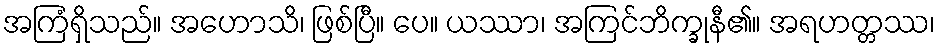
အကြံရှိသည်။ အဟောသိ၊ ဖြစ်ပြီ။ ပေ။ ယဿာ၊ အကြင်ဘိက္ခုနီ၏။ အရဟတ္တဿ၊